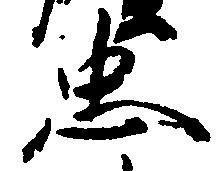
忠